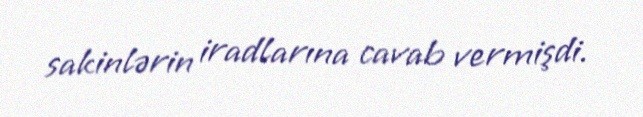
sakinlərin iradlarına cavab vermişdi.